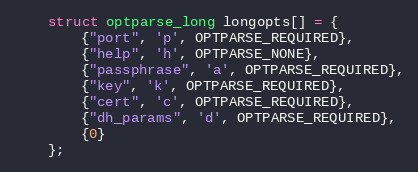
Language: C++
    struct optparse_long longopts[] = {
        {"port", 'p', OPTPARSE_REQUIRED},
        {"help", 'h', OPTPARSE_NONE},
        {"passphrase", 'a', OPTPARSE_REQUIRED},
        {"key", 'k', OPTPARSE_REQUIRED},
        {"cert", 'c', OPTPARSE_REQUIRED},
        {"dh_params", 'd', OPTPARSE_REQUIRED},
        {0}
    };